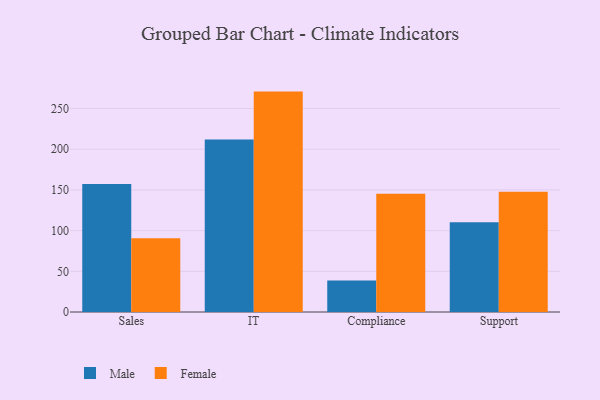
{"axis": {"x": "Department", "y": "Tickets Resolved"}, "legend": ["Female", "Male"], "data": [{"x": "Sales", "y": 157.4, "type": "Male"}, {"x": "Sales", "y": 90.5, "type": "Female"}, {"x": "IT", "y": 211.8, "type": "Male"}, {"x": "IT", "y": 270.8, "type": "Female"}, {"x": "Compliance", "y": 38.6, "type": "Male"}, {"x": "Compliance", "y": 145.2, "type": "Female"}, {"x": "Support", "y": 110.3, "type": "Male"}, {"x": "Support", "y": 147.7, "type": "Female"}]}